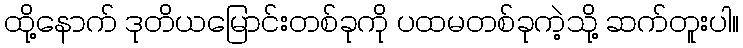
ထို့နောက် ဒုတိယမြောင်းတစ်ခုကို ပထမတစ်ခုကဲ့သို့ ဆက်တူးပါ။